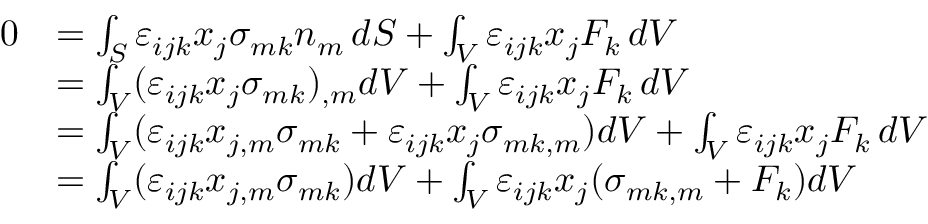
{ \begin{array} { r l } { 0 } & { = \int _ { S } \varepsilon _ { i j k } x _ { j } \sigma _ { m k } n _ { m } \, d S + \int _ { V } \varepsilon _ { i j k } x _ { j } F _ { k } \, d V } \\ & { = \int _ { V } ( \varepsilon _ { i j k } x _ { j } \sigma _ { m k } ) _ { , m } d V + \int _ { V } \varepsilon _ { i j k } x _ { j } F _ { k } \, d V } \\ & { = \int _ { V } ( \varepsilon _ { i j k } x _ { j , m } \sigma _ { m k } + \varepsilon _ { i j k } x _ { j } \sigma _ { m k , m } ) d V + \int _ { V } \varepsilon _ { i j k } x _ { j } F _ { k } \, d V } \\ & { = \int _ { V } ( \varepsilon _ { i j k } x _ { j , m } \sigma _ { m k } ) d V + \int _ { V } \varepsilon _ { i j k } x _ { j } ( \sigma _ { m k , m } + F _ { k } ) d V } \end{array} }